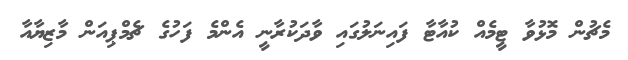
މެޗުން މޮޅުވާ ޓީމެއް ކުއާޓާ ފައިނަލުގައި ވާދަކުރާނީ އެންމެ ފަހުގެ ޗެމްޕިއަން މާޒިޔާއާ